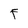
Character: F